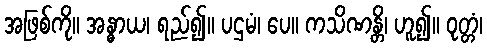
အဖြစ်ကို။ အန္ဓာယ၊ ရည်၍။ ပဌမံ၊ ပေ။ ကသိဏန္တိ၊ ဟူ၍။ ဝုတ္တံ၊